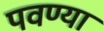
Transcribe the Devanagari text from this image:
पवण्या